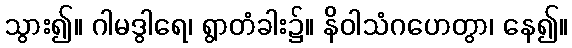
သွား၍။ ဂါမဒွါရေ၊ ရွာတံခါး၌။ နိဝါသံဂဟေတွာ၊ နေ၍။